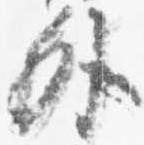
外